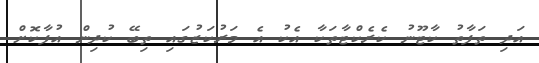
އަދި ތަފާތު ކާޓޫނު ކެރެކްޓާތަކާ އެކު އެ މަރުކަޒުގައި ތިބޭ ކުދިން އުފާކޮށް